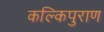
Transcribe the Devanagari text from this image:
कल्किपुराण